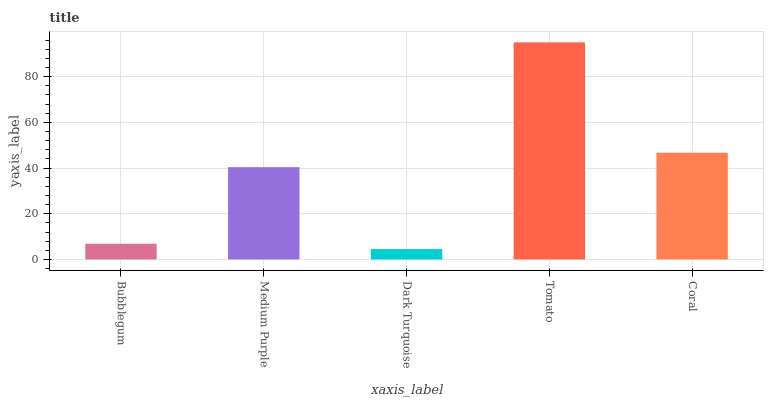
| xaxis_label | bars |
 | --- | --- |
 | Bubblegum | 6.88 |
 | Medium Purple | 40.4 |
 | Dark Turquoise | 4.54 |
 | Tomato | 95 |
 | Coral | 46.7 |